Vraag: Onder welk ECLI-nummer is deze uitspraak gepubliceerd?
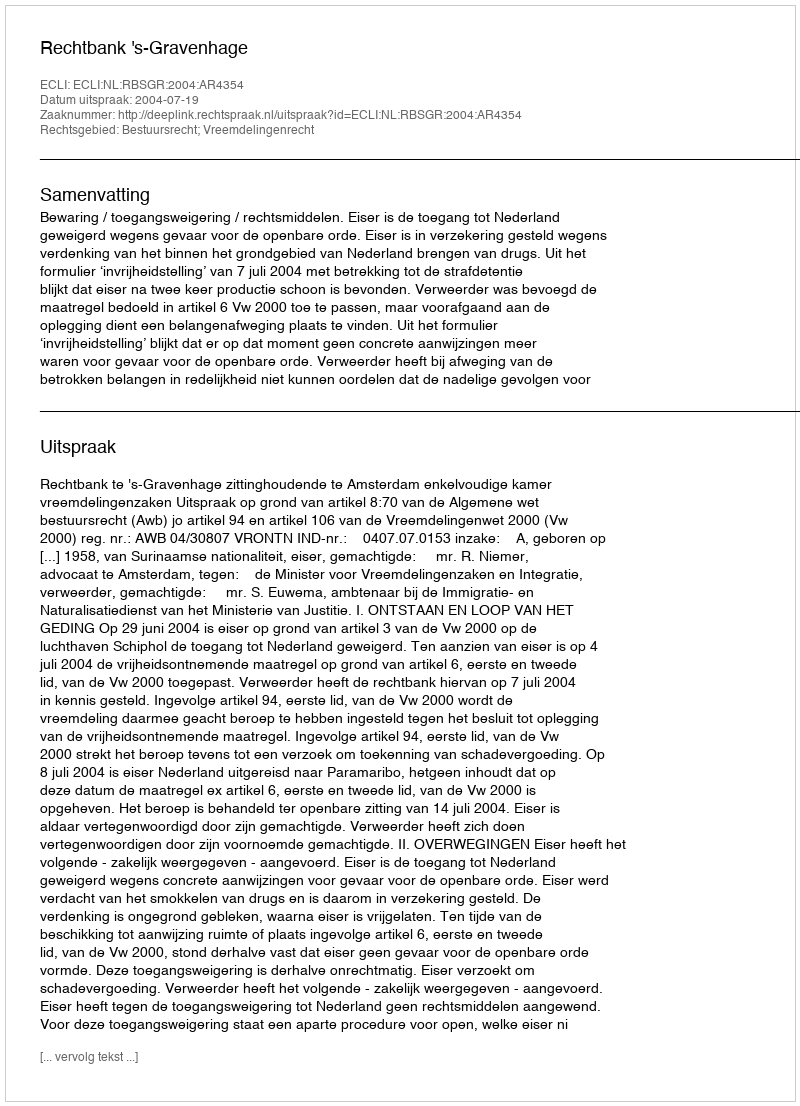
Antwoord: ECLI:NL:RBSGR:2004:AR4354